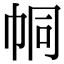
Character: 𢂓